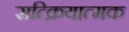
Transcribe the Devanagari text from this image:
सत्क्रियात्मक